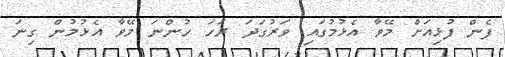
ފެން ފުޅިއަށް މޭވާ އެޅުމުގައި ވަރުގަދަ ރަހަ ހުންނަ މޭވާ އެޅުމުން ގިނަ